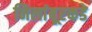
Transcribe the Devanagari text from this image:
निलांबूरकडे